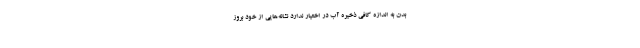
بدن به اندازه کافی ذخیره آب در اختیار ندارد نشانه‌هایی از خود بروز